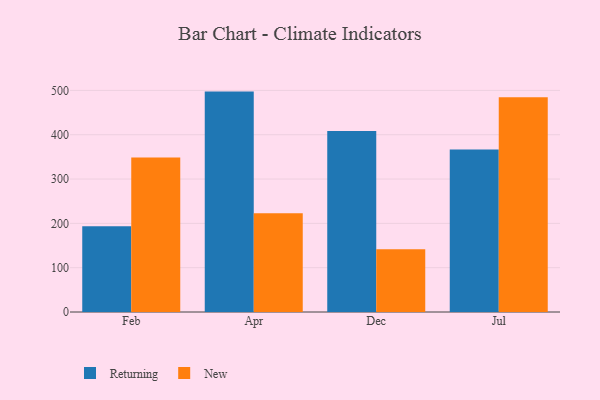
{"axis": {"x": "Month", "y": "Operating Costs (USD K)"}, "legend": ["New", "Returning"], "data": [{"x": "Feb", "y": 193.4, "type": "Returning"}, {"x": "Feb", "y": 348.8, "type": "New"}, {"x": "Apr", "y": 497.3, "type": "Returning"}, {"x": "Apr", "y": 222.8, "type": "New"}, {"x": "Dec", "y": 408.6, "type": "Returning"}, {"x": "Dec", "y": 141.5, "type": "New"}, {"x": "Jul", "y": 366.9, "type": "Returning"}, {"x": "Jul", "y": 484.6, "type": "New"}]}